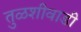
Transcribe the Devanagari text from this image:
तुळशीवाडी